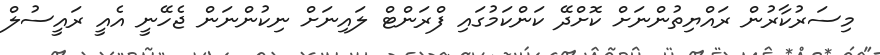
މިސަރުކާރުން ރައްޔިތުންނަށް ކޮށްދޭ ކަންކަމުގައި ފްރަންޓް ލައިނަށް ނިކުންނަން ޖެހޭނީ އެއީ ރައީސުލް